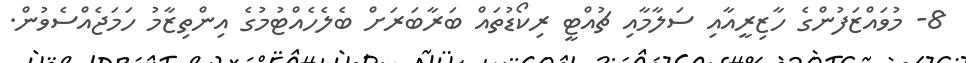
8- މުވައްޒަފުންގެ ހާޒިރީއާއި ސަލާމާއި ޗުއްޓީ ރިކޯޑުތައް ބަރާބަރަށް ބެލެހެއްޓުމުގެ އިންތިޒާމު ހަމަޖެއްސެވުން.